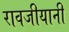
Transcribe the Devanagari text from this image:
रावजीयानी